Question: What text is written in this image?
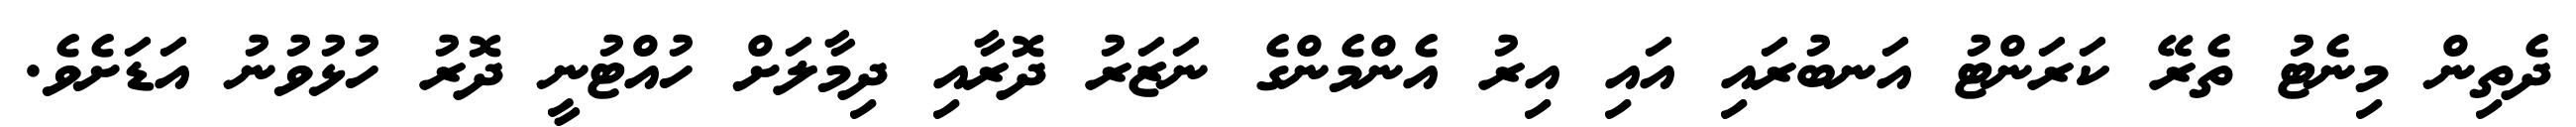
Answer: ދެތިން މިނެޓު ތެރޭ ކަރަންޓު އަނބުރައި އައި އިރު އެންމެންގެ ނަޒަރު ދޮރާއި ދިމާލަށް ހުއްޓުނީ ދޮރު ހުޅުވުނު އަޑަށެވެ.